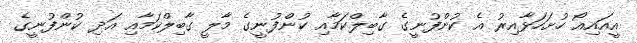
އީއައިއޯ ހުށަހަޅާއިރު އެ ކުންފުނީގެ ގާބިލްކަމާއި ކުންފުނީގެ މާލީ ގާބިލްކަމާއި އަދި ކުންފުނީގެ